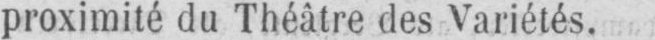
proximité du Théâtre des Variétés.